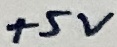
Text: +5V